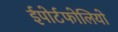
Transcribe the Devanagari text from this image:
ईपोर्टफोलियो